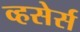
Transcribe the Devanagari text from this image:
व्हसेर्स